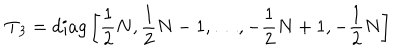
{ \bf T } _ { 3 } = d i a g \left[ { \frac { 1 } { 2 } } N , { \frac { 1 } { 2 } } N - 1 , \dots , - { \frac { 1 } { 2 } } N + 1 , - { \frac { 1 } { 2 } } N \right]